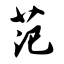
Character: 范